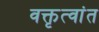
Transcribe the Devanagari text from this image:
वक्तृत्वांत